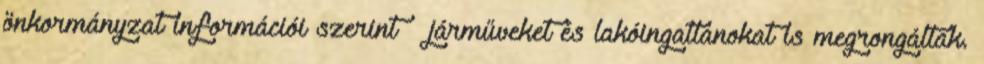
önkormányzat információi szerint – járműveket és lakóingatlanokat is megrongáltak.